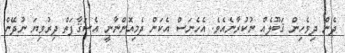
ދެން ދިވެހިން ޤަބޫލެއް ނުކުރާނެއެވެ. އެހެނަސް އެކަން ދެމިއޮންނާނީ އެސަޤާފަތް ދިރުވިޔަ ނުދޭން